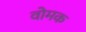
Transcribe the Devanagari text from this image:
वोमक